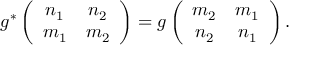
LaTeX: g ^ { * } \left( \begin{array} { c c } { { n _ { 1 } } } & { { n _ { 2 } } } \\ { { m _ { 1 } } } & { { m _ { 2 } } } \end{array} \right) = g \left( \begin{array} { c c } { { m _ { 2 } } } & { { m _ { 1 } } } \\ { { n _ { 2 } } } & { { n _ { 1 } } } \end{array} \right) .